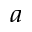
^ a